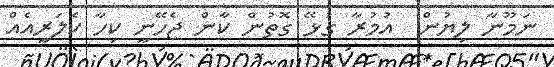
ނަމޫނާ ލިޔުން  އުމުރާ ގުޅޭ ގޮތުން ކާން ޖެހޭނީ ކިހާ ކެލަރީއެއް